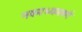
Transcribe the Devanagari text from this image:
नवमध्यमवर्ग